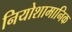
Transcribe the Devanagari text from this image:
नियोशामानिक